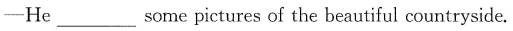
-He ___ some pictures of the beautiful countryside.